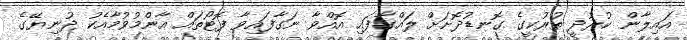
އައިލާން ކުރުދީ ތުރުކީގެ ގޮނޑުދޮށަށް ލައްގާފައި އޮއްވާ ނަގާފައިވާ ފޮޓޯތައް އާންމުވުމާއެކު ދުނިޔޭގެ